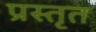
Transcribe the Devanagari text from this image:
प्रस्तृत